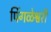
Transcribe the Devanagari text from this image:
पिंगळेश्वरी